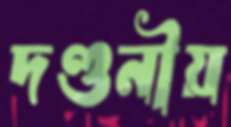
দণ্ডনীয়